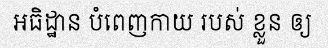
អធិដ្ឋាន បំពេញកាយ របស់ ខ្លួន ឲ្យ